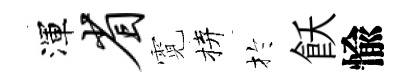
渾省霓拚扵飫愉